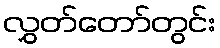
လွှတ်တော်တွင်း